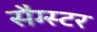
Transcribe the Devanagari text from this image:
सैग्स्टर